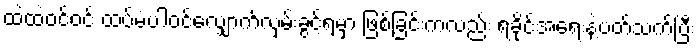
ထဲထဲဝင်ဝင် ထပ်မံပါဝင်လျှောက်လှမ်းခွင့်ရမှာ ဖြစ်ခြင်းကလည်း ရခိုင်အရေးနဲ့ပတ်သက်ပြီး